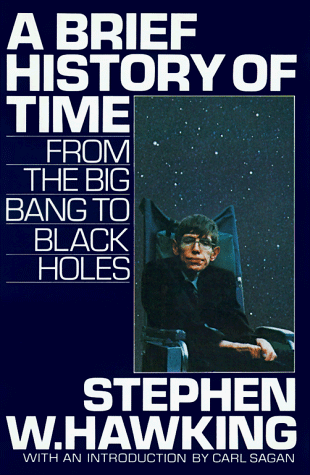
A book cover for A Brief History of Time: From the Big Bang to Black Holes; Stephen W. Hawking; Science & Math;